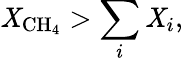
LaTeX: \mathit{X}_{\mathrm{{CH_{4}}}}>\sum_{i}\mathit{X}_{i},